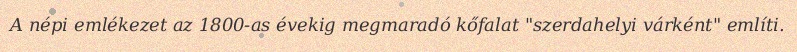
A népi emlékezet az 1800-as évekig megmaradó kőfalat "szerdahelyi várként" említi.